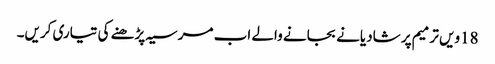
18ویں ترمیم پر شادیانے بجانے والے اب مرسیہ پڑھنے کی تیاری کریں۔